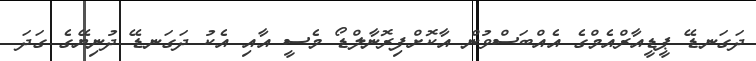
ދަގަނޑޭ ޕީޑީއާރްއެމްގެ އެއްބަސްވުން އާކޮށްފިރޮނާލްޑޯ މެސީ އާއި އެކު ދަގަނޑޭ ދުނިޔޭގެ ގަދަ